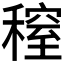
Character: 𥡫